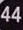
44